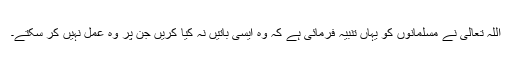
اللہ تعالیٰ نے مسلمانوں کو یہاں تنبیہ فرمائی ہے کہ وہ ایسی باتیں نہ کیا کریں جن پر وہ عمل نہیں کر سکتے۔